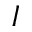
I